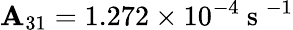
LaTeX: \mathbf{A}_{31}=1.272\times10^{-4}\mathrm{{~s~}}^{-1}